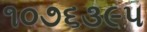
૧૦૭૬૩૯૫